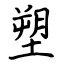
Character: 塑